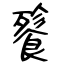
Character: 餮